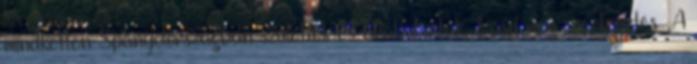
mindketten Spanyolországban születtek és arabul írtak. Lásd még szerkesztés A